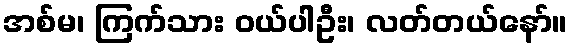
အစ်မ၊ ကြက်သား ဝယ်ပါဦး၊ လတ်တယ်နော်။